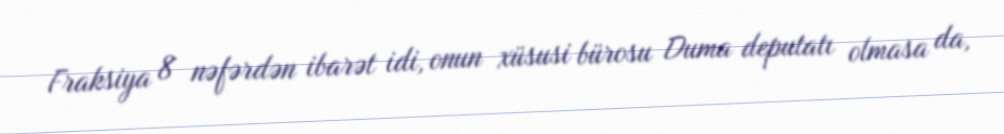
Fraksiya 8 nəfərdən ibarət idi, onun xüsusi bürosu Duma deputatı olmasa da,